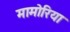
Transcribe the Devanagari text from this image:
मामोरिया